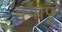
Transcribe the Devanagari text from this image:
क्योफु